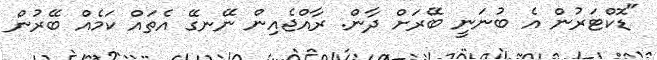
"ޑޮކްޓަރުން އެ ބުނަނީ ބޭރަށް ދާން. ރާއްޖެއިން ނޭނގޭ އެތައް ކަމެއް ބޭރުން